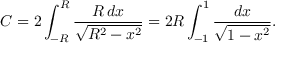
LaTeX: C = 2 \int _ { - R } ^ { R } { \frac { R \, d x } { \sqrt { R ^ { 2 } - x ^ { 2 } } } } = 2 R \int _ { - 1 } ^ { 1 } { \frac { d x } { \sqrt { 1 - x ^ { 2 } } } } .